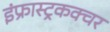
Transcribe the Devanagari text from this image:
इंफ्रास्ट्रकक्चर